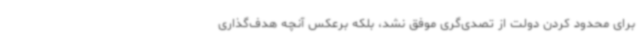
برای محدود کردن دولت از تصدی‌گری موفق نشد، بلکه برعکس آنچه هدف‌گذاری